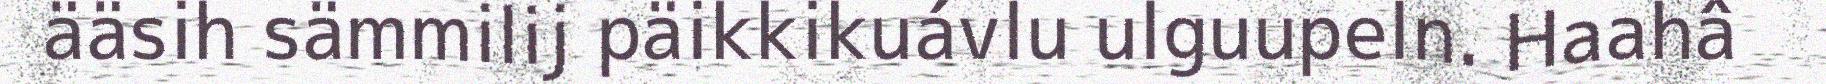
ääsih sämmilij päikkikuávlu ulguupeln. Haahâ